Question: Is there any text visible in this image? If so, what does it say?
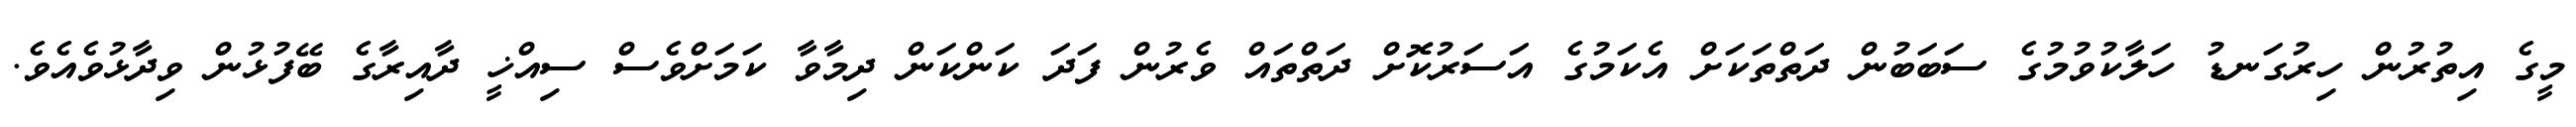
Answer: މީގެ އިތުރުން ހިރުގަނޑު ހަލާކުވުމުގެ ސަބަބުން ދަތްތަކަށް އެކަމުގެ އަސަރުކޮށް ދަތްތައް ވެރުން ފަދަ ކަންކަން ދިމާވާ ކަމަށްވެސް ސިއްޚީ ދާއިރާގެ ބޭފުޅުން ވިދާޅުވެއެވެ.